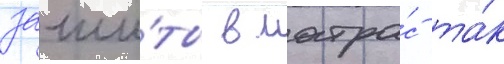
заши́ты в матра́с та́к